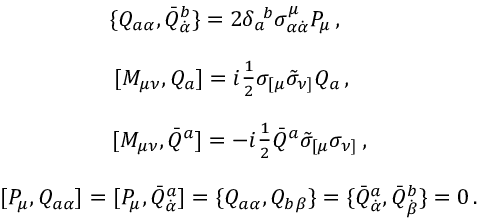
\begin{array} { c } { { \{ Q _ { a \alpha } , \bar { Q } _ { \dot { \alpha } } ^ { b } \} = 2 \delta _ { a } ^ { ~ b } \sigma _ { \alpha \dot { \alpha } } ^ { \mu } P _ { \mu } \, , ~ ~ ~ ~ } } \\ { { { } } } \\ { { { } [ M _ { \mu \nu } , Q _ { a } ] = i \textstyle { \frac { 1 } { 2 } } \sigma _ { [ \mu } \tilde { \sigma } _ { \nu ] } Q _ { a } \, , ~ ~ } } \\ { { { } } } \\ { { { } [ M _ { \mu \nu } , \bar { Q } ^ { a } ] = - i \textstyle { \frac { 1 } { 2 } } \bar { Q } ^ { a } \tilde { \sigma } _ { [ \mu } \sigma _ { \nu ] } \, , } } \\ { { { } } } \\ { { { } [ { P } _ { \mu } , Q _ { a \alpha } ] = [ P _ { \mu } , \bar { Q } _ { \dot { \alpha } } ^ { a } ] = \{ Q _ { a \alpha } , Q _ { b \beta } \} = \{ \bar { Q } _ { \dot { \alpha } } ^ { a } , \bar { Q } _ { \dot { \beta } } ^ { b } \} = 0 \, . } } \end{array}